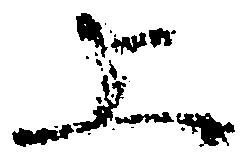
上